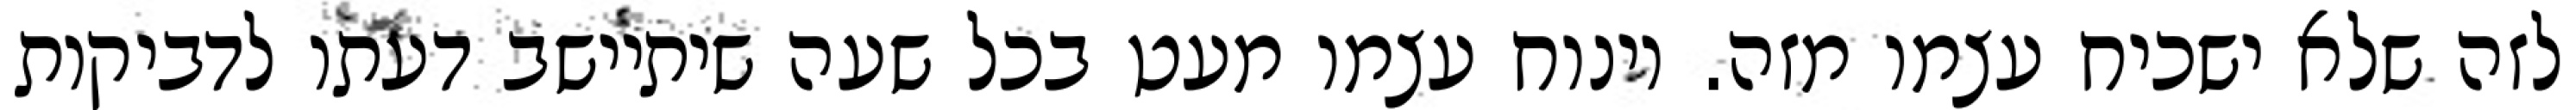
לזה שלא ישכיח עצמו מזה. וינוח עצמו מעט בכל שעה שיתיישב דעתו לדביקות